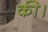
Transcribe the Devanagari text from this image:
की।